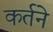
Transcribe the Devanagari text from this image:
कर्तने